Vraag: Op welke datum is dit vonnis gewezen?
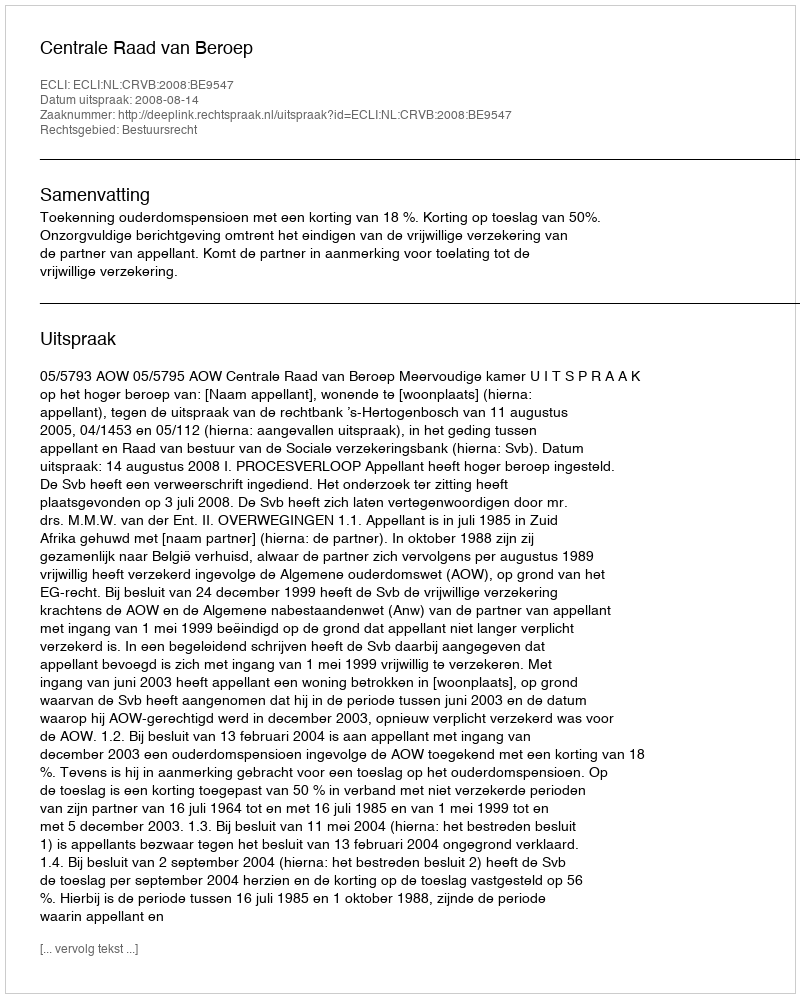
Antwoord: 2008-08-14